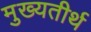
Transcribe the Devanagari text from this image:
मुख्यतीर्थ